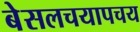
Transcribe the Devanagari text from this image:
बेसलचयापचय